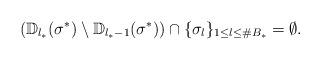
LaTeX: \begin{align*}\left(\mathbb{D}_{l_*}(\sigma^*)\setminus\mathbb{D}_{l_*-1}(\sigma^*)\right)\cap \{\sigma_l\}_{1\leq l\leq \# B_*}=\emptyset. \end{align*}